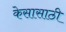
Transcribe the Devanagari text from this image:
केसासाठी